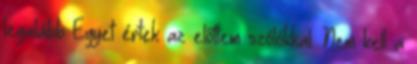
legalább Egyet értek az előttem szólókkal. Nem kell a